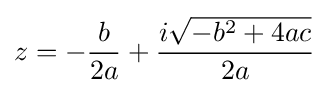
z=-{\frac {b}{2a}}+{\frac {i{\sqrt {-b^{2}+4ac}}}{2a}}